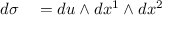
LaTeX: \begin{array} { r l } { d \sigma } & { { } = d u \wedge d x ^ { 1 } \wedge d x ^ { 2 } } \end{array}